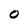
Character: 0